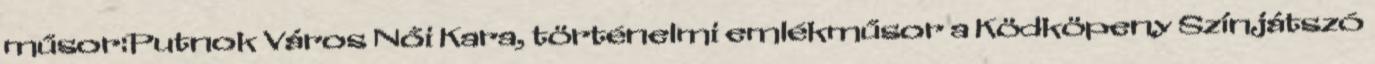
műsor:Putnok Város Női Kara, történelmi emlékműsor a Ködköpeny Színjátszó